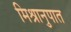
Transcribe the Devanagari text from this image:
मिश्रानुपात